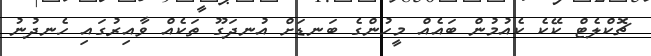
ޗޮކްލެޓް ކޭކެ ކެއުމުން ބައެއް މީހުންގެ ބަނޑަށް އުނދަގޫ ތަކެއް ވާއިރުގައި ހެނދުނު